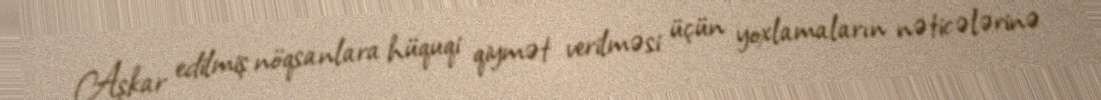
Aşkar edilmiş nöqsanlara hüquqi qiymət verilməsi üçün yoxlamaların nəticələrinə